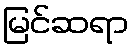
မြင်ဆရာ